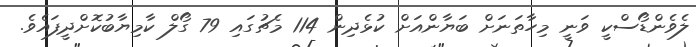
ލެވެންޑޯސްކީ ވަނީ މިހާތަނަށް ބަޔާންއަށް ކުޅެދިން 114 މެޗުގައި 79 ގޯލް ކާމިޔާބުކޮށްދީފައެވެ.